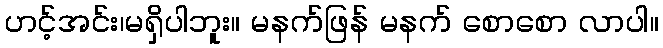
ဟင့်အင်း၊မရှိပါဘူး။ မနက်ဖြန် မနက် စောစော လာပါ။